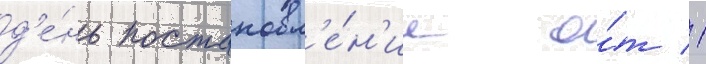
д'е́нь постановл'е́н'ие о́т 1